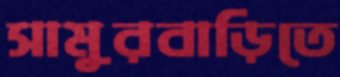
সামুরবাড়িতে